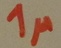
Text: 1µ